Problem: 6 + 7 = ?
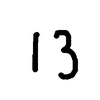
Handwritten answer: 13